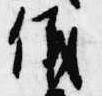
儀